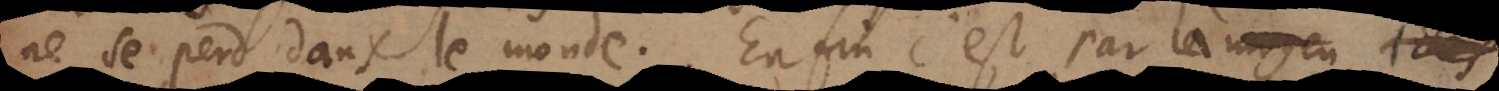
ne se perd dans le monde. Enfin c’est par là que